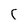
Character: c